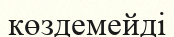
көздемейді